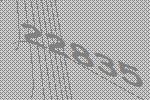
22835